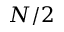
N / 2